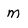
Character: m